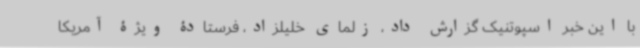
با این خبر اسپوتنیک گزارش داد، زلمای خلیلزاد، فرستادۀ ویژۀ آمریکا